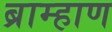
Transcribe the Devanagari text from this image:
ब्राम्हाण